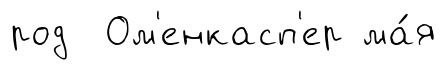
род Ом'енкасп'ер ма́я